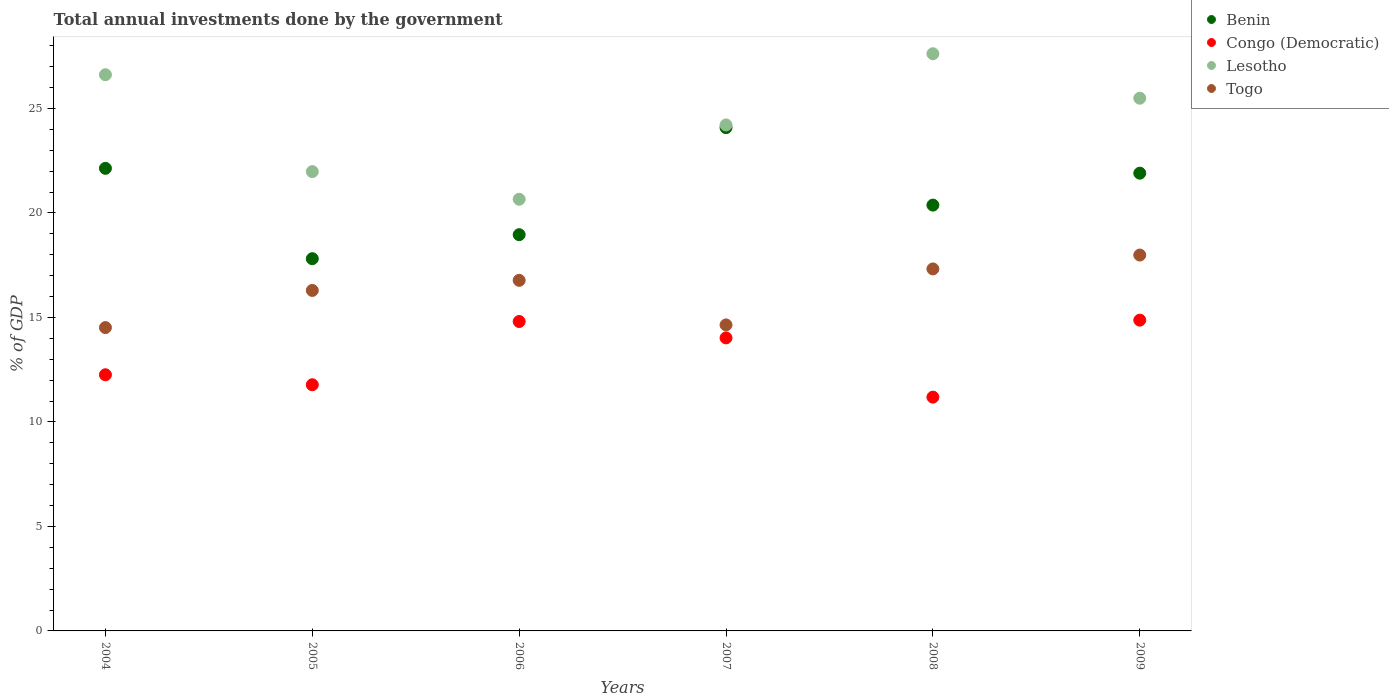
| Years | Benin | Congo (Democratic) | Lesotho | Togo |
 | --- | --- | --- | --- | --- |
 | 2004 | 22.1 | 12.3 | 26.6 | 14.5 |
 | 2005 | 17.8 | 11.8 | 22 | 16.3 |
 | 2006 | 19 | 14.8 | 20.7 | 16.8 |
 | 2007 | 24.1 | 14 | 24.2 | 14.6 |
 | 2008 | 20.4 | 11.2 | 27.6 | 17.3 |
 | 2009 | 21.9 | 14.9 | 25.5 | 18 |